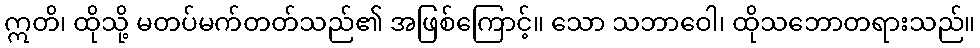
ဣတိ၊ ထိုသို့ မတပ်မက်တတ်သည်၏ အဖြစ်ကြောင့်။ သော သဘာဝေါ၊ ထိုသဘောတရားသည်။